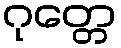
ဂုတ္တေ